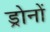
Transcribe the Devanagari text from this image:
ड्रोनों